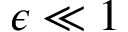
{ \epsilon \ll 1 }